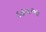
દહનઆ